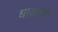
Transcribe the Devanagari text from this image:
धावांतच